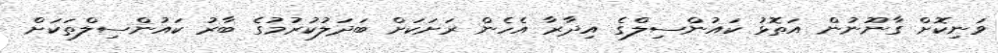
ވަނިކޮށް ގާނޫނުން އަތޮޅު ކައުންސިލްގެ އިދާރާ އެހެން ރަށަކަށް ބަދަލުކުރުމުގެ ބާރު ކައުންސިލްތަކަށް